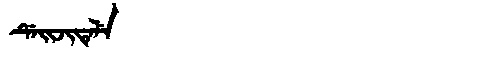
Manchu: ᡩᡝᡳᠵᡳᡨᡝᠯᡝ
Romanization: DEIJITELE